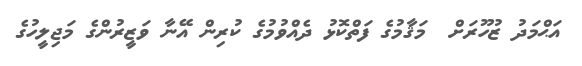
އަޙްމަދު ޒުހޫރަށް  މަޤާމުގެ ފަތްކޮޅު ދެއްވުމުގެ ކުރިން އޭނާ ވަޒީރުންގެ މަޖިލީހުގެ